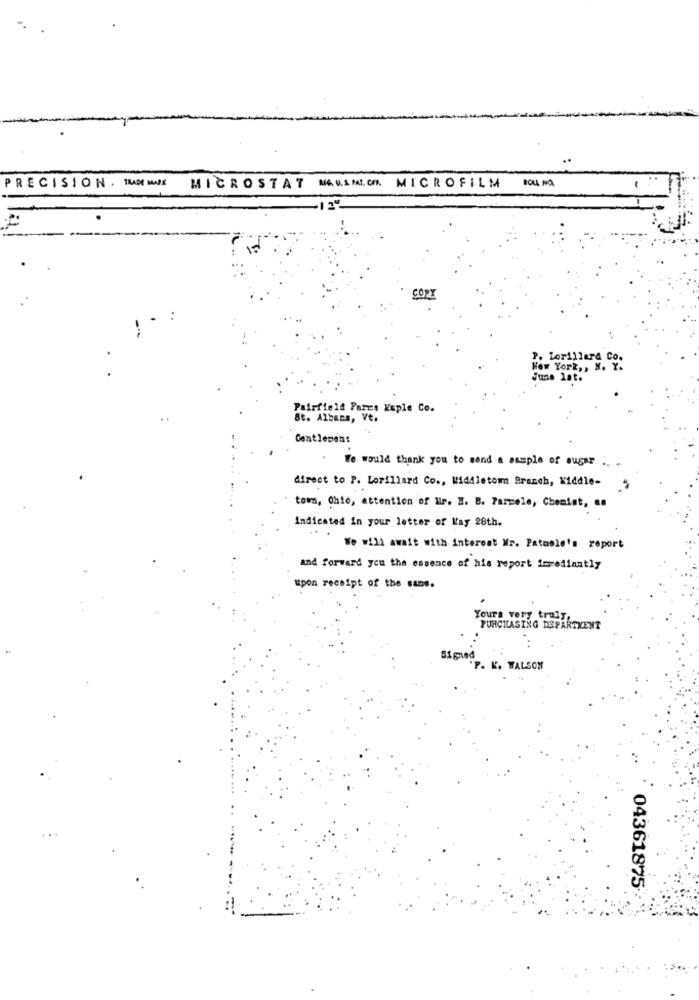
PRECISION . TRADE MADE
MICROSTAT MAUSMICH. MICROFILM
12º
CON
P. Lorillard Co.
New York ,, N. Y.
June lat.
Pairfield Parcs Kaple Co.
St. Albans, Vt.
Centlement
. We would thank you to send a sample of sugar .. ..
direct to P. Lorillard Co ., Middletom Branch, Kiddle-
tom, Ohio, attention of Mir. E. B. Parmele, Chemist, as
Indicated in your letter of Kay 28th.
We will await with interest Mr. Patmole's report
and forward you the essence of his report imrediantly
upon receipt of the sans.
Yours very truly
PURCHASING DEPARTMENT
P. K. WALSON
04361875